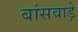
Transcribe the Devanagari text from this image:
बांसवाड़े